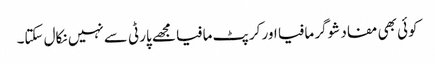
کوئی بھی مفاد شوگر مافیا اور کرپٹ مافیا مجھے پارٹی سے نہیں نکال سکتا۔